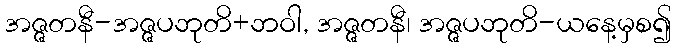
အဇ္ဇတနီ-အဇ္ဇပဘုတိ+ဘဝါ, အဇ္ဇတနီ၊ အဇ္ဇပဘုတိ-ယနေ့မှစ၍